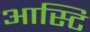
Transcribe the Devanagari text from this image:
आस्टि